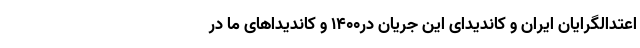
اعتدالگرایان ایران و کاندیدای این جریان در۱۴۰۰ و کاندیداهای ما در